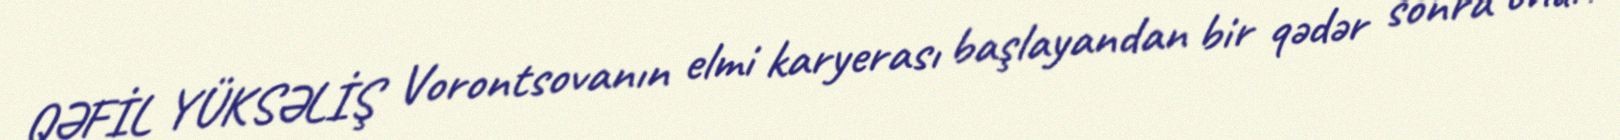
QƏFİL YÜKSƏLİŞ Vorontsovanın elmi karyerası başlayandan bir qədər sonra onun